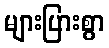
များပြားစွာ